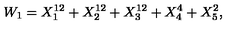
W _ { 1 } = X _ { 1 } ^ { 1 2 } + X _ { 2 } ^ { 1 2 } + X _ { 3 } ^ { 1 2 } + X _ { 4 } ^ { 4 } + X _ { 5 } ^ { 2 } ,